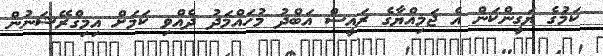
ކަމުގެ ޔަގީންކަން އެ ޖަމިއްޔާގެ ރައީސް އަބްދު މުހައްމަދު ދެއްވި ކަމަށް އިމިގްރޭޝަނުން